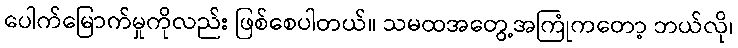
ပေါက်မြောက်မှုကိုလည်း ဖြစ်စေပါတယ်။ သမထအတွေ့အကြုံကတော့ ဘယ်လို၊